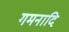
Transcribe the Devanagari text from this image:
गमनादि